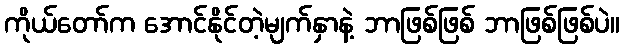
ကိုယ်တော်က အောင်နိုင်တဲ့မျက်နှာနဲ့ ဘာဖြစ်ဖြစ် ဘာဖြစ်ဖြစ်ပဲ။